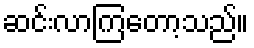
ဆင်းလာကြတော့သည်။